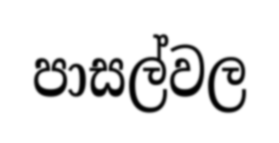
පාසල්වල